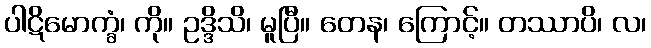
ပါဋိမောက္ခံ၊ ကို။ ဥဒ္ဒိသိ၊ မူပြီ။ တေန၊ ကြောင့်။ တဿာပိ၊ လ၊